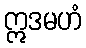
ဣဒမဟံ